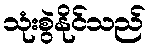
သုံးစွဲနိုင်သည်